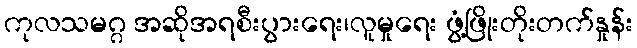
ကုလသမဂ္ဂ အဆိုအရစီးပွားရေး၊လူမှုရေး ဖွံ့ဖြိုးတိုးတက်နှုန်း